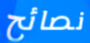
نصائح